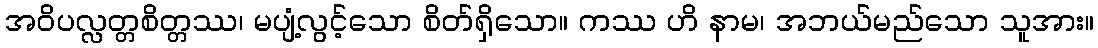
အဝိပလ္လတ္တစိတ္တဿ၊ မပျံ့လွင့်သော စိတ်ရှိသော။ ကဿ ဟိ နာမ၊ အဘယ်မည်သော သူအား။